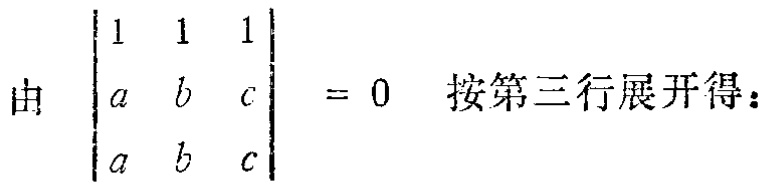
由 \(\begin{vmatrix}

1 & 1 & 1 \\

a & b & c \\

a & b & c

\end{vmatrix} = 0\) 按第三行展开得：